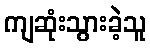
ကျဆုံးသွားခဲ့သူ